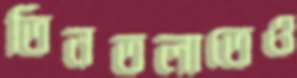
তিনতলাতেও